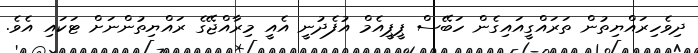
ދިވެހިރައްޔިތުން ތަރައްގީއައިގެން ހަބޭސް ޕީޕީއެމް އުފެދުނީ އެއީ މިރާއްޖޭގެ ރައްޔިތުންނަށް ޓަކައި އެވެ.